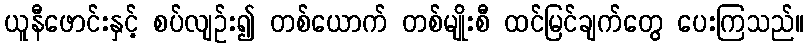
ယူနီဖောင်းနှင့် စပ်လျဉ်း၍ တစ်ယောက် တစ်မျိုးစီ ထင်မြင်ချက်တွေ ပေးကြသည်။